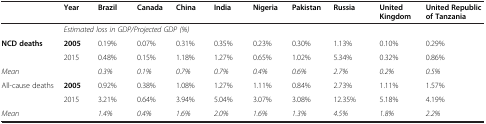
|  | Year | Brazil | Canada | China | India | Nigeria | Pakistan | Russia | United Kingdom | United Republic of Tanzania |
 | --- | --- | --- | --- | --- | --- | --- | --- | --- | --- | --- |
 |  | <COLSPAN=10> Estimated loss in GDP/Projected GDP (%) |
 | <ROWSPAN=2> NCD deaths | 2005 | 0.19% | 0.07% | 0.31% | 0.35% | 0.23% | 0.30% | 1.13% | 0.10% | 0.29% |
 | 2015 | 0.48% | 0.15% | 1.18% | 1.27% | 0.65% | 1.02% | 5.34% | 0.32% | 0.86% |
 | Mean |  | 0.3% | 0.1% | 0.7% | 0.7% | 0.4% | 0.6% | 2.7% | 0.2% | 0.5% |
 | <ROWSPAN=2> All-cause deaths | 2005 | 0.92% | 0.38% | 1.08% | 1.27% | 1.11% | 0.84% | 2.73% | 1.11% | 1.57% |
 | 2015 | 3.21% | 0.64% | 3.94% | 5.04% | 3.07% | 3.08% | 12.35% | 5.18% | 4.19% |
 | Mean |  | 1.4% | 0.4% | 1.6% | 2.0% | 1.6% | 1.3% | 4.5% | 1.8% | 2.2% |